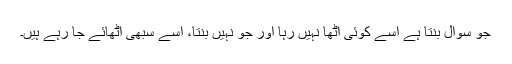
جو سوال بنتا ہے اسے کوئی اٹھا نہیں رہا اور جو نہیں بنتا، اسے سبھی اٹھائے جا رہے ہیں۔